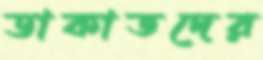
ডাকাতদের